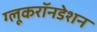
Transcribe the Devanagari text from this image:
ग्लूकरॉनडेशन